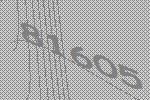
81605